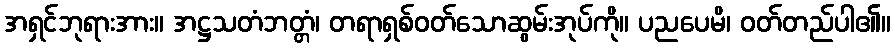
အရှင်ဘုရားအား။ အဋ္ဌသတံဘတ္တံ၊ တရာရှစ်ဝတ်သောဆွမ်းအုပ်ကို။ ပညပေမိ၊ ဝတ်တည်ပါ၏။